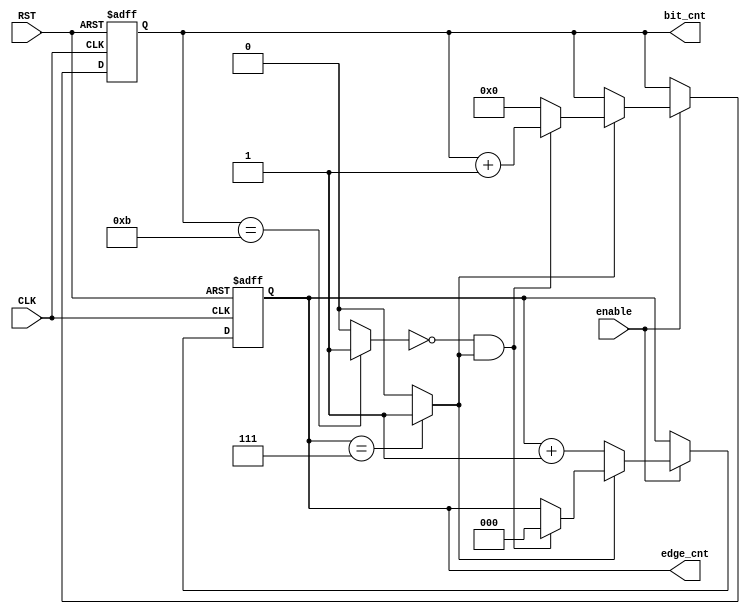
module edge_bit_counter (
  input  wire enable        ,
  input  wire CLK           ,
  input  wire RST           ,
  output reg [3:0] bit_cnt  ,
  output reg [2:0] edge_cnt 
  );
  
wire edge_cnt_max ;
wire bit_cnt_max  ;
always@(posedge CLK or negedge RST)
 begin
  if(!RST)
    begin
      bit_cnt <= 'b0 ;
      edge_cnt <= 'b0 ;
    end
  else if(enable)
   begin
    if(!edge_cnt_max)
      edge_cnt <= edge_cnt + 1 ;
    else if(!bit_cnt_max && edge_cnt_max)
     begin
      bit_cnt  <= bit_cnt + 1  ;
      edge_cnt <= 'b0 ;
     end
    else
      bit_cnt  <= 'b0  ;
   end
   
  
 end  
assign edge_cnt_max = (edge_cnt == 'b111)?1:0  ;
assign bit_cnt_max  = (bit_cnt  == 'b1011)?1:0  ;
 
endmodule